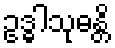
ဥဒ္ဓါသုဓန္တိ